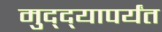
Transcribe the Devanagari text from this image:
मुद्द्‍यापर्यंत